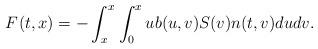
LaTeX: \begin{align*}F^{}(t,x) = -\int_{x}^{x_{}}\int_{0}^{x} u b(u,v) S(v)n(t, v)du dv.\end{align*}